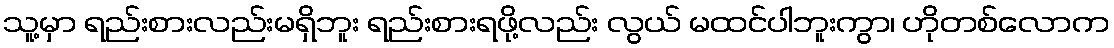
သူ့မှာ ရည်းစားလည်းမရှိဘူး ရည်းစားရဖို့လည်း လွယ် မထင်ပါဘူးကွာ၊ ဟိုတစ်လောက